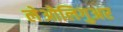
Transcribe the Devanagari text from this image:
लेओलिगुअर